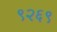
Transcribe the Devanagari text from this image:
९२६९